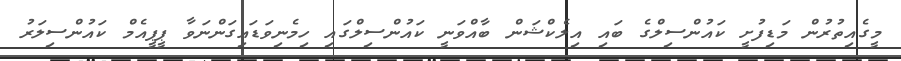
މީގެއިތުރުން މަޑިފުށީ ކައުންސިލްގެ ބައި އިލެކްޝަން ބާއްވަނީ ކައުންސިލްގައި ހިމެނިވަޑައިގަންނަވާ ޕީޕީއެމް ކައުންސިލަރު